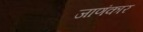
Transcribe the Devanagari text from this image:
जाणंकार